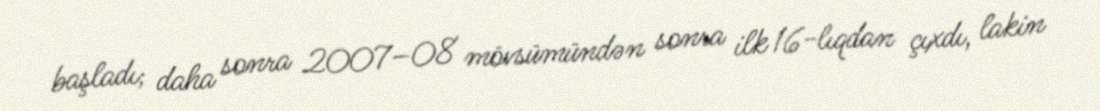
başladı; daha sonra 2007–08 mövsümündən sonra ilk 16-lıqdan çıxdı, lakin